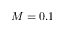
M = 0 . 1